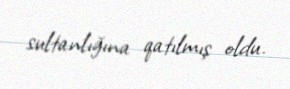
sultanlığına qatılmış oldu.